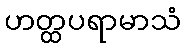
ဟတ္ထပရာမာသံ